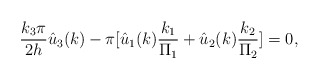
\begin{align*}\frac{k_3\pi}{2h}\hat{u}_3(k)-\pi [\hat{u}_1(k)\frac{k_1}{\Pi_1}+\hat{u}_2(k)\frac{k_2}{\Pi_2}]=0,\end{align*}